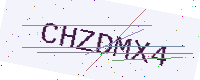
Text: CHZDMX4